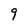
Character: 9